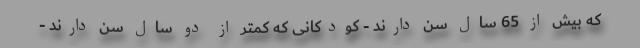
که بیش از 65 سال سن دارند - کودکانی که کمتر از دو سال سن دارند -